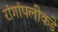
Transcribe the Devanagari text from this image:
रांगांपलीकडे